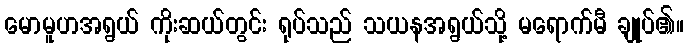
မောမူဟအရွယ် ကိုးဆယ်တွင်း ရုပ်သည် သယနအရွယ်သို့ မရောက်မီ ချုပ်၏။